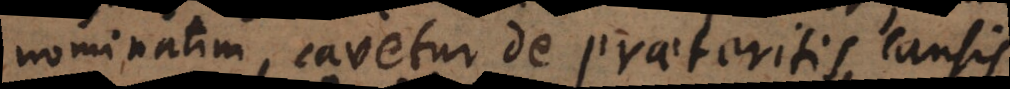
nominatim cavetur de praeteritis causis